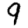
Digit: 9